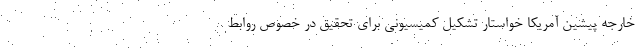
خارجه پیشین آمریکا خواستار تشکیل کمیسیونی برای تحقیق در خصوص روابط